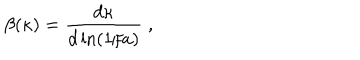
\beta ( \kappa ) = { \frac { d \kappa } { d \ln ( 1 / a ) } } \; ,